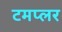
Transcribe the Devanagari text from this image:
टमप्लर